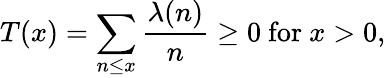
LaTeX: T(x)=\sum_{n\leq x}{\frac{\lambda(n)}{n}}\geq 0{\mathrm{~for~}}x>0,